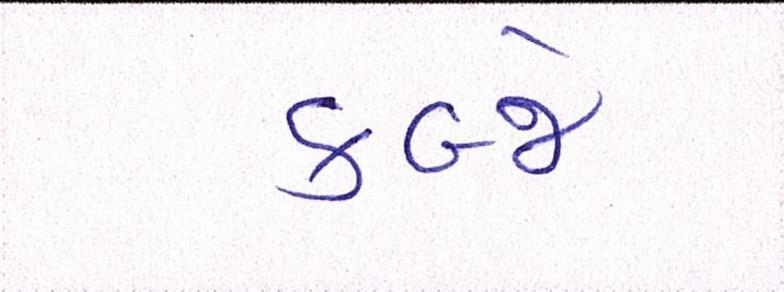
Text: કબ્જે